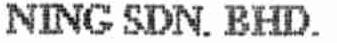
NING SDN. BHD.